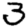
Digit: 3